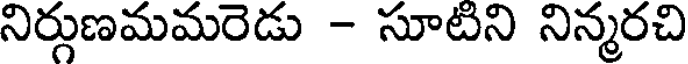
నిర్గుణమమరెడు - సూటిని నిన్మరచి